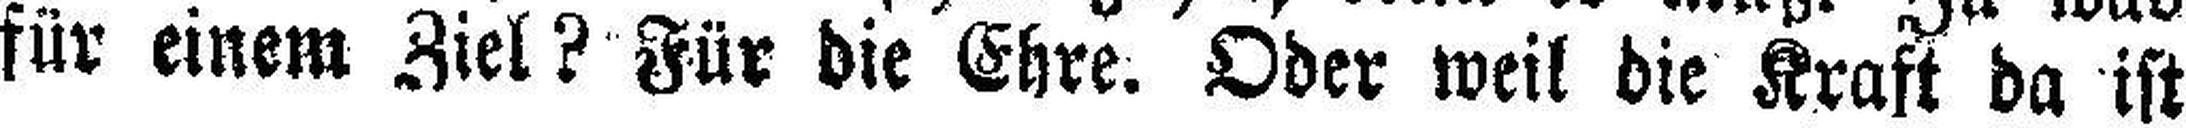
für einem Ziel? Für die Ehre. Oder weil die Kraft da ist